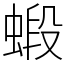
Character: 𧎚